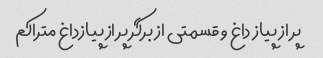
پر از پیاز داغ و قسمتی از برگر پر از پیازداغ متراکم